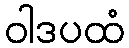
ဝါဒပထံ